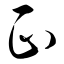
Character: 正